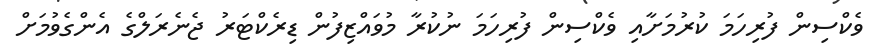
ވެކްސިން ފުރިހަމަ ކުރުމަށާއި ވެކްސިން ފުރިހަމަ ނުކުރާ މުވައްޒިފުން ޑިރެކްޓަރު ޖެނެރަލްގެ އެންގެވުމަށް